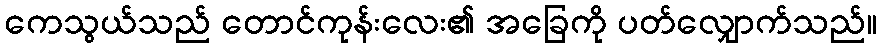
ကေသွယ်သည် တောင်ကုန်းလေး၏ အခြေကို ပတ်လျှောက်သည်။